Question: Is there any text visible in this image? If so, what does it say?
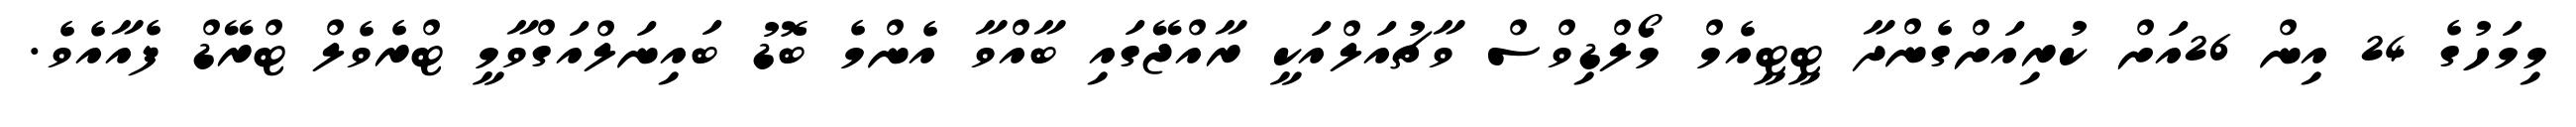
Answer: މިމަހުގެ 24 އިން 26އަށް ކުރިއަށްގެންދާ ޓީޓީއެމް މޯލްޑިވްސް ވާޗުއަލްއަކީ ރާއްޖޭގައި ބާއްވާ އެންމެ ބޮޑު ބައިނަލްއަގްވާމީ ޓްރެވެލް ޓްރޭޑް ފެއާއެވެ.